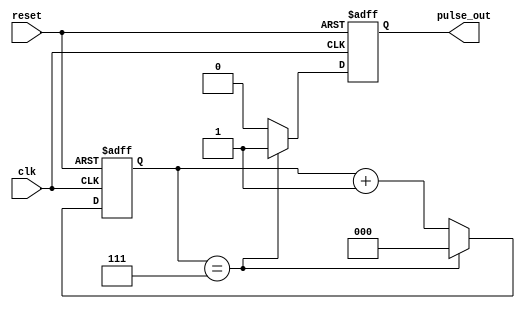
module divide_by_n_counter #(
    parameter N = 8  // Parameter N, change this value for different divide factors
)(
    input wire clk,      // Clock input
    input wire reset,    // Asynchronous reset
    output reg pulse_out  // Output pulse signal
);

    // Calculate the number of bits needed to represent N
    localparam COUNTER_BITS = $clog2(N);
    
    reg [COUNTER_BITS-1:0] counter; // Counter state

    // Always block for counter logic
    always @(posedge clk or posedge reset) begin
        if (reset) begin
            counter <= 0; // Reset the counter to 0
            pulse_out <= 0; // Ensure output is low on reset
        end else begin
            if (counter == N-1) begin
                counter <= 0; // Reset counter after reaching N-1
                pulse_out <= 1; // Assert output pulse
            end else begin
                counter <= counter + 1; // Increment counter
                pulse_out <= 0; // Deassert output pulse
            end
        end
    end

endmodule